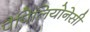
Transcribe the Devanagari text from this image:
पैपिलियोनेसी